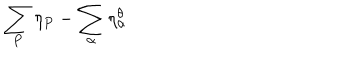
\sum _ { P } \eta _ { P } - \sum _ { \alpha } \eta _ { \alpha } ^ { \theta }